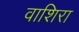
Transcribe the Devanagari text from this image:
वाशिरा